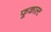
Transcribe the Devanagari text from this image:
फूकाल्ट